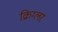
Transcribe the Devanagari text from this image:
क्रिग्लर